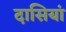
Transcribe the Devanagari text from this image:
दासियां